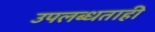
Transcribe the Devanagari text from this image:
उपलब्धताही